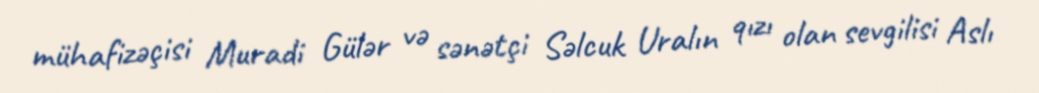
mühafizəçisi Muradi Gülər və sənətçi Səlcuk Uralın qızı olan sevgilisi Aslı